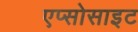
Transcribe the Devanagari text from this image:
एप्सोसाइट